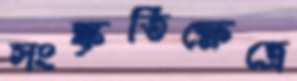
সংস্কৃতিক্ষেত্রে